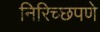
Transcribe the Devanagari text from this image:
निरिच्छपणे